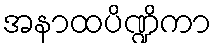
အနာထပိဏ္ဍိကာ